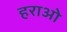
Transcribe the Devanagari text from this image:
हराओ